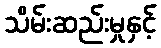
သိမ်းဆည်းမှုနှင့်